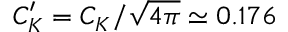
C _ { K } ^ { \prime } = C _ { K } / \sqrt { 4 \pi } \simeq 0 . 1 7 6